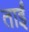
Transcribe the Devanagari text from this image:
ताईं